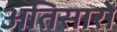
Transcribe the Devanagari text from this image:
अतिसारों